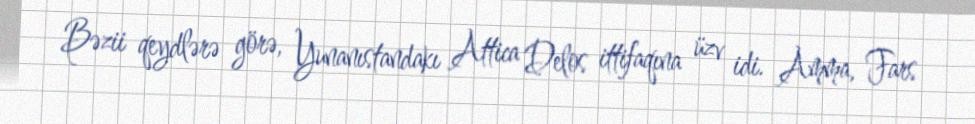
Bəzii qeydlərə görə, Yunanıstandakı Attica Delos ittifaqına üzv idi. Amma, Fars